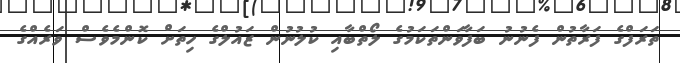
ތަރަފްގެ ފަރާތުން ފެނުނު ބަފާވަންތަކަމުގެ ލޯތްބާއި ކުލުނުން ޒައުލްގެ ހިތަށް ކޮންމެވެސް ވަރެއްގެ